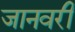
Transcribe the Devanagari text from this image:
जानवरी